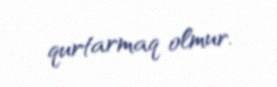
qurtarmaq olmur.